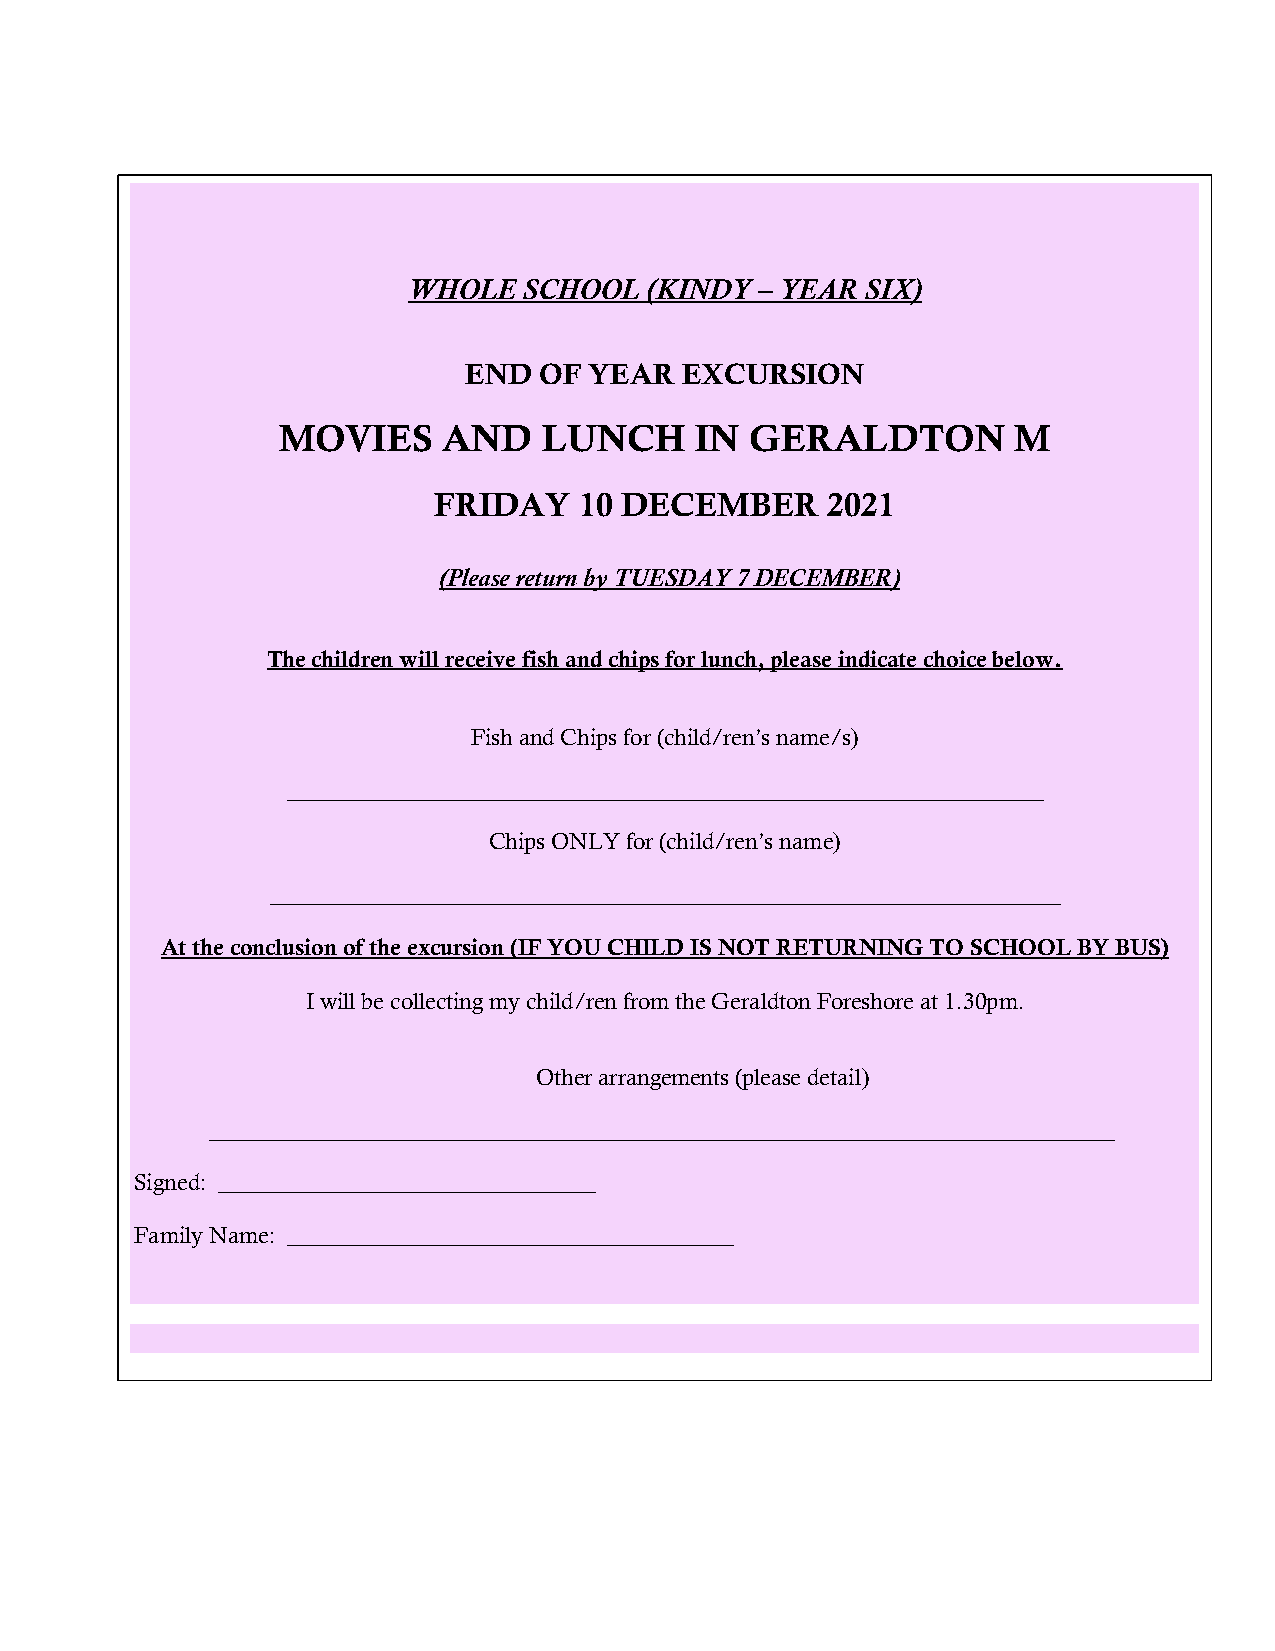
WHOLE   SCHOOL  (KINDY – YEAR SIX)
 END  OF YEAR  EXCURSION
 MOVIES     AND    LUNCH     IN  GERALDTON        M
 FRIDAY   10 DECEMBER      2021
 (Please return by TUESDAY 7 DECEMBER)
 The children will receive fish and chips for lunch, please indicate choice below.
 Fish and Chips for (child/ren’s name/s)
 __________________________________________________________________
 Chips ONLY for (child/ren’s name)
 _____________________________________________________________________
 At the conclusion of the excursion (IF YOU CHILD IS NOT RETURNING TO SCHOOL BY BUS)
 I will be collecting my child/ren from the Geraldton Foreshore at 1.30pm.
 Other arrangements (please detail)
 _______________________________________________________________________________
 Signed: _________________________________
 Family Name: _______________________________________